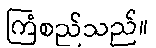
ကြံစည်သည်။